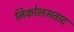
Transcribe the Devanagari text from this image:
निकोलसताद